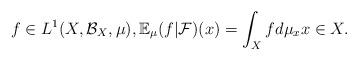
LaTeX: \begin{align*} f\in L^1(X,\mathcal{B}_X,\mu), \mathbb{E}_{\mu}(f|\mathcal{F})(x)=\int_Xf d\mu_x x\in X.\end{align*}